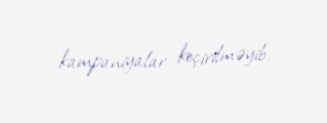
kampaniyalar keçirilməyib.